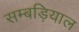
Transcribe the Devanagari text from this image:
सम्बड़ियाल